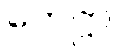
ဟေဋ္ဌာ